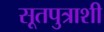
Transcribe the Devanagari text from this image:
सूतपुत्राशी